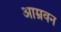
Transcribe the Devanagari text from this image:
आम्रवन